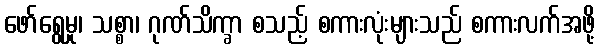
ဖော်ရွေမှု၊ သစ္စာ၊ ဂုဏ်သိက္ခာ စသည့် စကားလုံးများသည် စကားလက်အဖို့